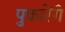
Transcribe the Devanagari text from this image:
पुकारेंगे